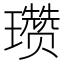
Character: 瓒